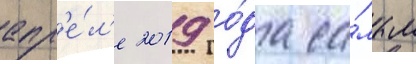
апр'е́л'е 2019 го́да са́мым